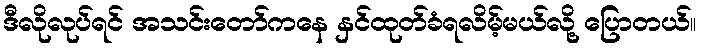
ဒီလိုလုပ်ရင် အသင်းတော်ကနေ နှင်ထုတ်ခံရလိမ့်မယ်လို့ ပြောတယ်။